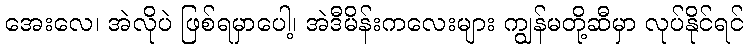
အေးလေ၊ အဲလိုပဲ ဖြစ်ရမှာပေါ့၊ အဲဒီမိန်းကလေးများ ကျွန်မတို့ဆီမှာ လုပ်နိုင်ရင်